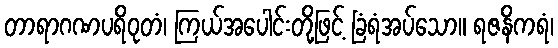
တာရာဂဏပရိဝုတံ၊ ကြယ်အပေါင်းတို့ဖြင့် ခြံရံအပ်သော။ ရဇနိကရံ၊